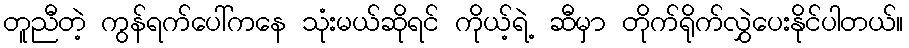
တူညီတဲ့ ကွန်ရက်ပေါ်ကနေ သုံးမယ်ဆိုရင် ကိုယ့်ရဲ့ ဆီမှာ တိုက်ရိုက်လွှဲပေးနိုင်ပါတယ်။